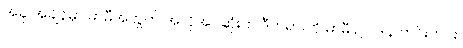
အခု အချိန်မှာ မာမီအတွက် အလိုအပ်ဆုံးက ဒီတရားကို မာမီ ဥပါဒါန် ကင်းကင်း၊